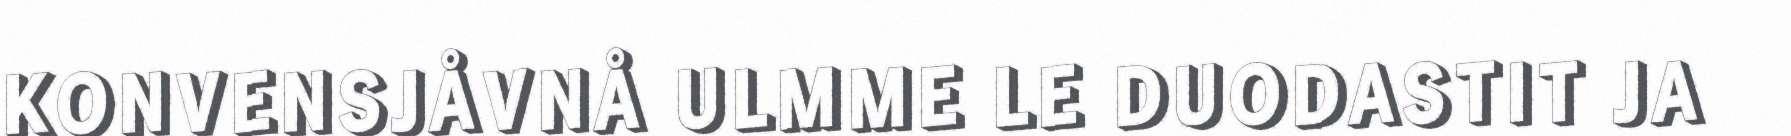
KONVENSJÅVNÅ ULMME LE DUODASTIT JA